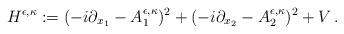
LaTeX: \begin{align*}H^{\epsilon,\kappa}:=(-i\partial_{x_1} - A^{\epsilon,\kappa}_1)^2 + (-i\partial_{x_2} - A^{\epsilon,\kappa}_2)^2 + V\,.\end{align*}